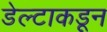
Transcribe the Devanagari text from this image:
डेल्टाकडून